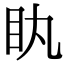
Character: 䀓